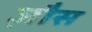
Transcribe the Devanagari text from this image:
ज़ौस